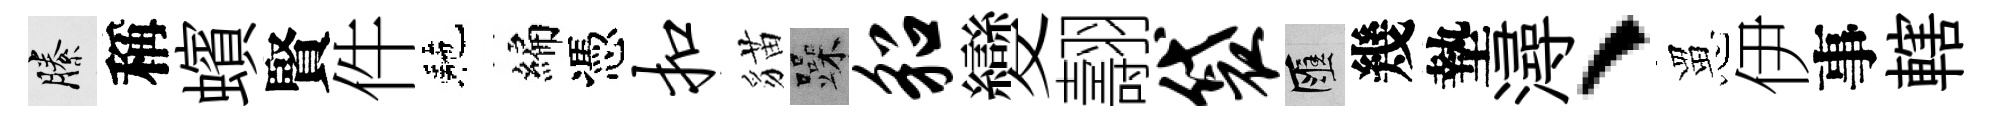
縢稱蠙賢件駰編憑扣貓躁貂變翿袋匯幾墊潯、罳伊事轄